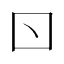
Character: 𠮚